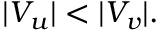
| V _ { u } | < | V _ { v } | .